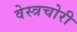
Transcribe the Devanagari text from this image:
वेस्त्रचोरी